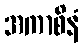
အကာစိနံ